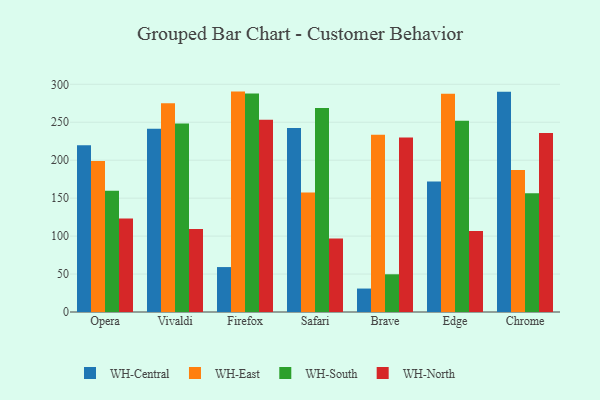
{"axis": {"x": "Browser", "y": "Headcount"}, "legend": ["WH-Central", "WH-East", "WH-North", "WH-South"], "data": [{"x": "Opera", "y": 219.7, "type": "WH-Central"}, {"x": "Opera", "y": 198.9, "type": "WH-East"}, {"x": "Opera", "y": 159.6, "type": "WH-South"}, {"x": "Opera", "y": 123.2, "type": "WH-North"}, {"x": "Vivaldi", "y": 241.3, "type": "WH-Central"}, {"x": "Vivaldi", "y": 275.1, "type": "WH-East"}, {"x": "Vivaldi", "y": 248.4, "type": "WH-South"}, {"x": "Vivaldi", "y": 109.5, "type": "WH-North"}, {"x": "Firefox", "y": 59.2, "type": "WH-Central"}, {"x": "Firefox", "y": 290.4, "type": "WH-East"}, {"x": "Firefox", "y": 287.8, "type": "WH-South"}, {"x": "Firefox", "y": 253.3, "type": "WH-North"}, {"x": "Safari", "y": 242.3, "type": "WH-Central"}, {"x": "Safari", "y": 157.4, "type": "WH-East"}, {"x": "Safari", "y": 268.9, "type": "WH-South"}, {"x": "Safari", "y": 96.9, "type": "WH-North"}, {"x": "Brave", "y": 30.9, "type": "WH-Central"}, {"x": "Brave", "y": 233.6, "type": "WH-East"}, {"x": "Brave", "y": 49.7, "type": "WH-South"}, {"x": "Brave", "y": 229.8, "type": "WH-North"}, {"x": "Edge", "y": 171.9, "type": "WH-Central"}, {"x": "Edge", "y": 287.6, "type": "WH-East"}, {"x": "Edge", "y": 252.0, "type": "WH-South"}, {"x": "Edge", "y": 106.8, "type": "WH-North"}, {"x": "Chrome", "y": 290.3, "type": "WH-Central"}, {"x": "Chrome", "y": 187.2, "type": "WH-East"}, {"x": "Chrome", "y": 156.6, "type": "WH-South"}, {"x": "Chrome", "y": 235.8, "type": "WH-North"}]}